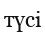
түсі